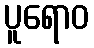
ပူရောဝ